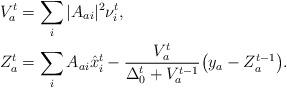
LaTeX: \begin{align*}V_{a}^{t} & =\sum_{i}|A_{ai}|^{2}\nu_{i}^{t},\\Z_{a}^{t} & =\sum_{i}A_{ai}\hat{x}_{i}^{t}-\frac{V_{a}^{t}}{\Delta_{0}^{t}+V_{a}^{t-1}}\bigl(y_{a}-Z_{a}^{t-1}\bigr).\end{align*}